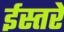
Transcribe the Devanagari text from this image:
ईस्तरे